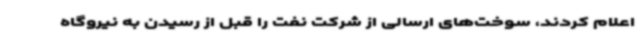
اعلام کردند، سوخت‌های ارسالی از شرکت نفت را قبل از رسیدن به نیروگاه